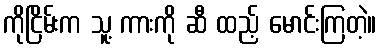
ကိုငြိမ်းက သူ့ ကားကို ဆီ ထည့် မောင်းကြတဲ့။